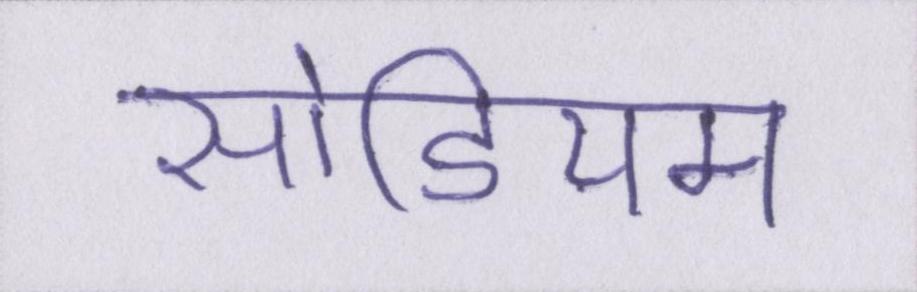
सोडियम